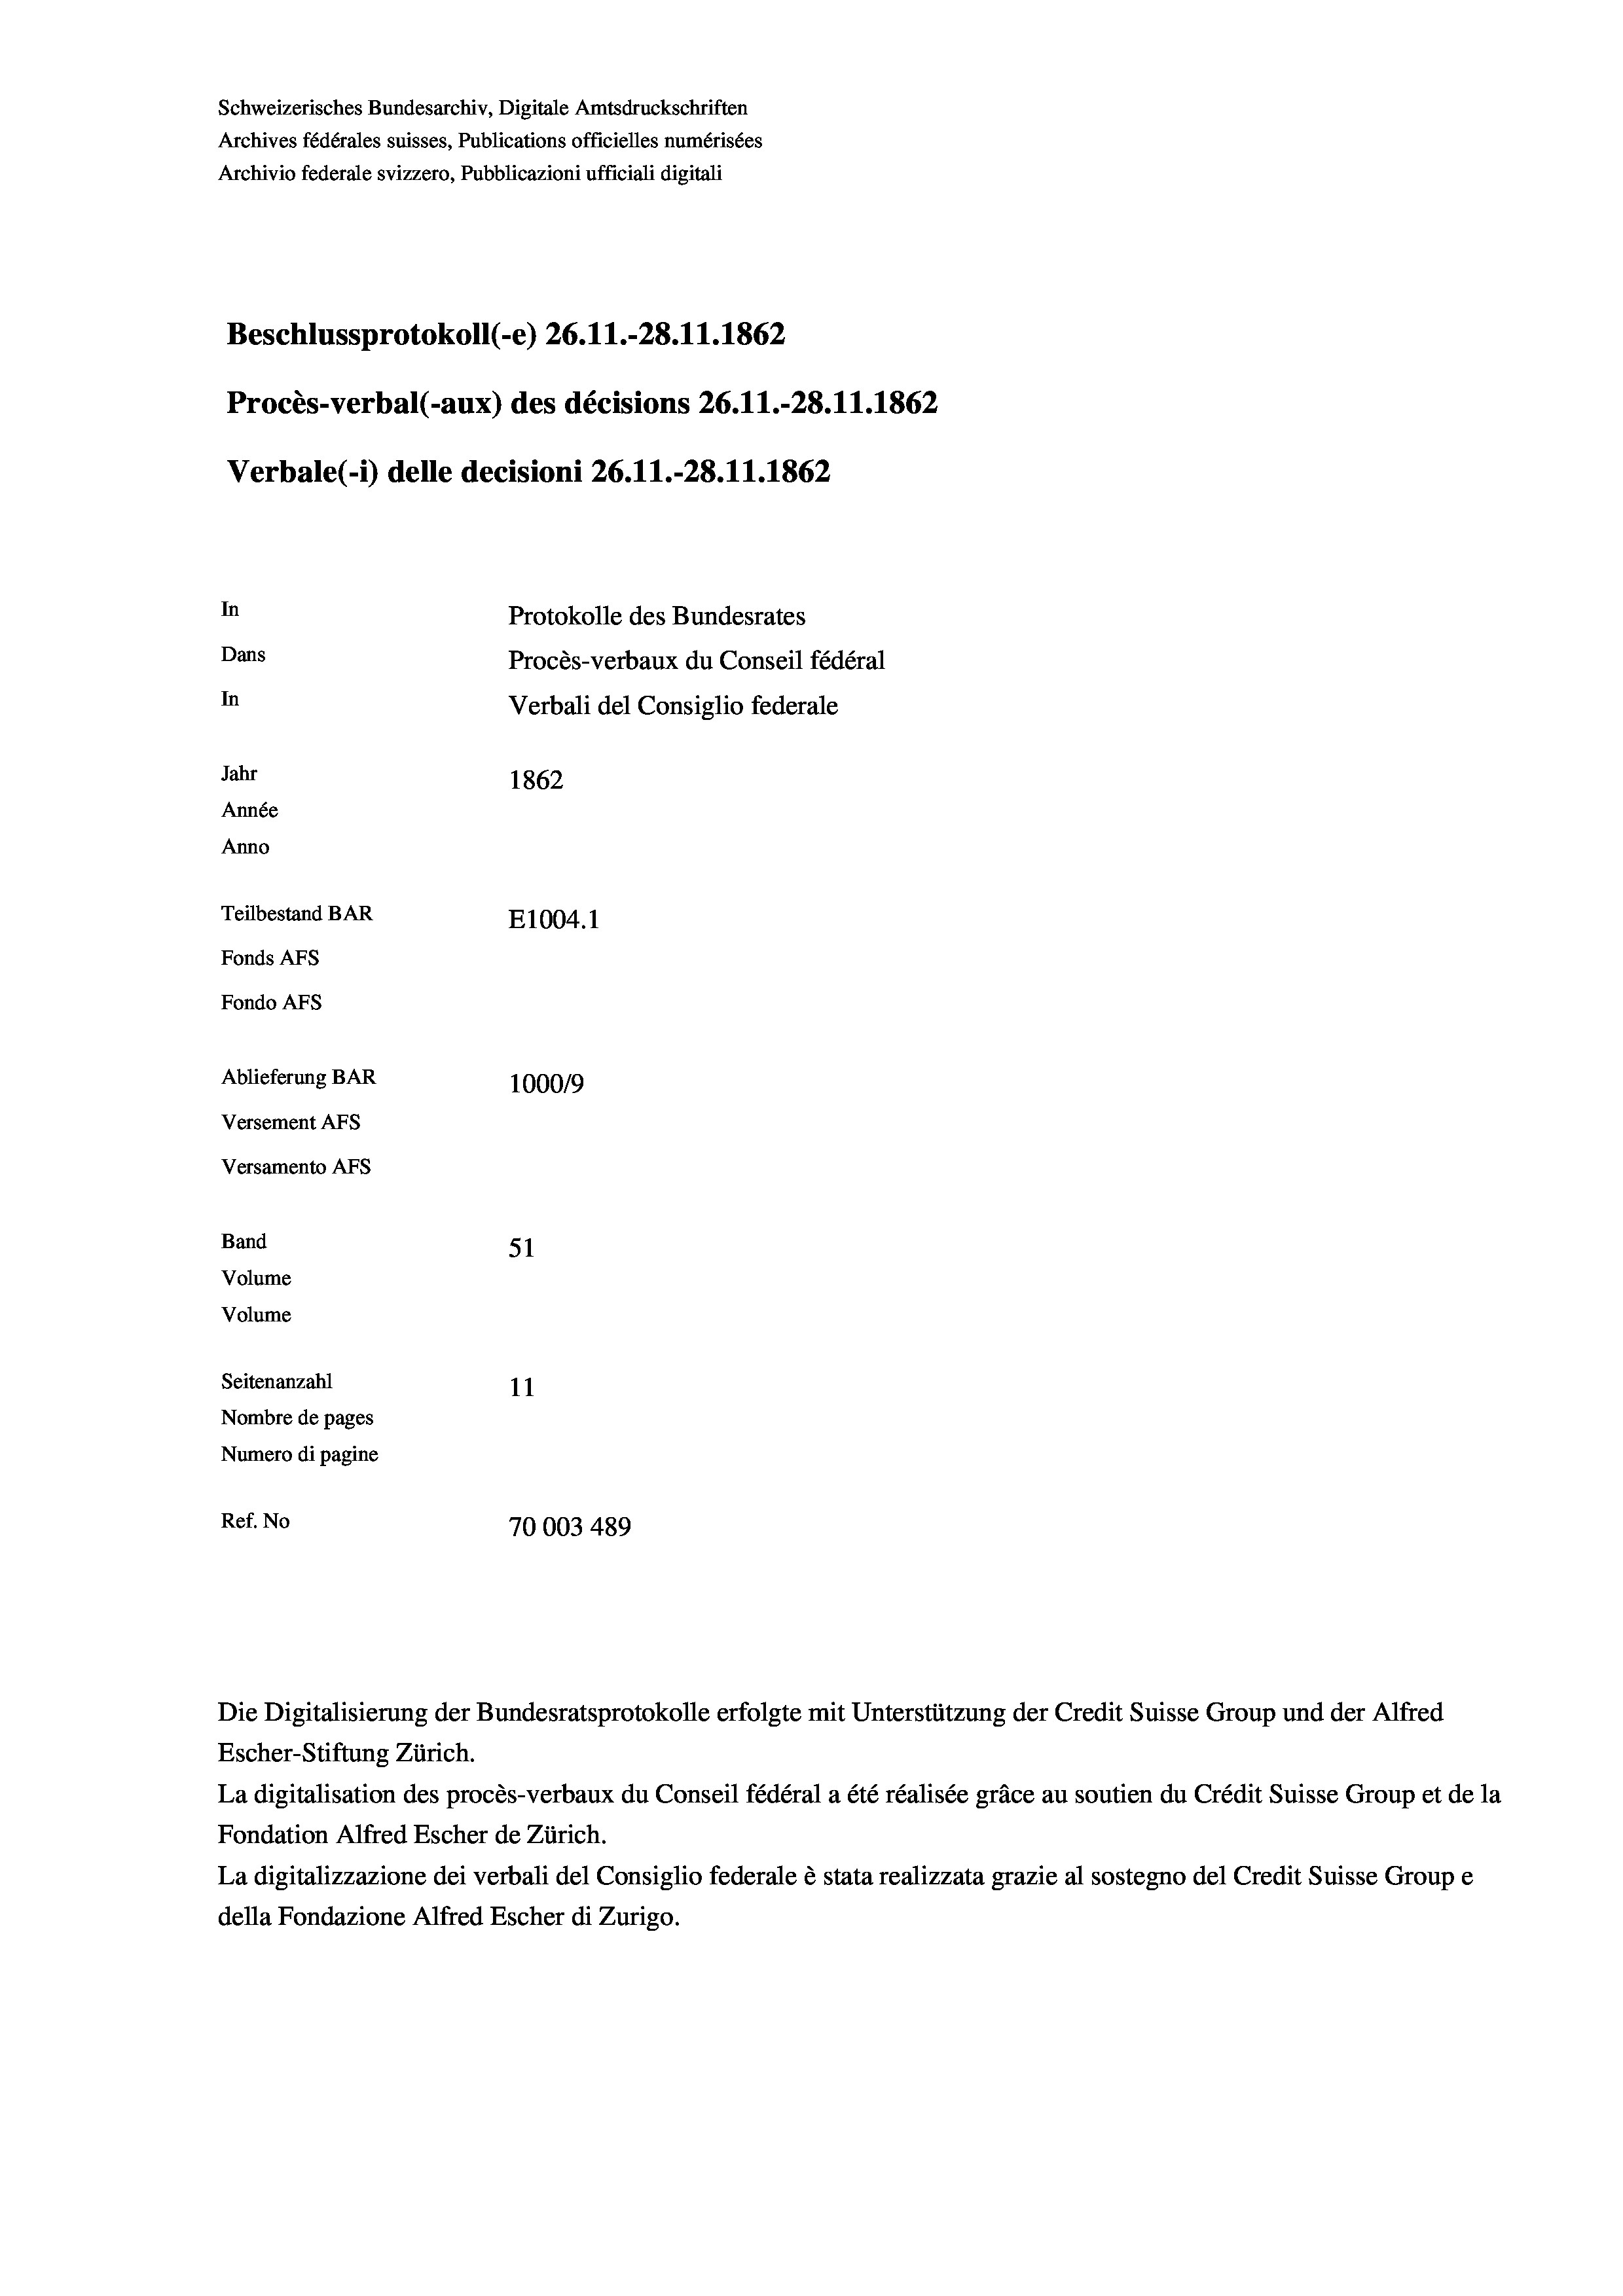
Beschlussprotokoll (-e) 26. 11.-28.11.1862
Procès-verbal (-aux) des décisions 26.11.-28.11.1862
Verbale(-*) delle decisioni 26. 11.-28.11.1862
In
Protokolle des Bundesrates
Dans
Procès-verbaux du Conseil fédéral
In
Verbali del Consiglio federale
Jahr
1862
Année
Anno
Teilbestand BAR
E1004. 1
Fonds AFs
Fondo AFS
Ablieferung BAR
100019
Versement AFs
Versamento Afs
Band
51
Volume
Volume
Seitenanzahl
11
Nombre de pages
Numero di pagine
Ref. No
70003 489

Schweizerisches Bundesarchiv, Digitale Amtsdruckschriften
Archives fédérales suisses, Publications officielles numérisées
Archivio federale svizzero, Pubblicazioni ufficiali digitali

Escher-Stiftung Zürich.
La digitalisation des procès-verbaux du Conseil fédéral a été réalisée gräce au soutien du Crédit Suisse Group et de la
Fondation Alfred Escher de Zürich.
La digitalizzazione dei verbali del Consiglio federale è stata realizzata grazie al sostegno del Credit Suisse Groupe
della Fondazione Alfred Escher di Zurigo.

Die Digitalisierung der Bundesratsprotokolle erfolgte mit Unterstützung der Credit Suisse Group und der Alfred